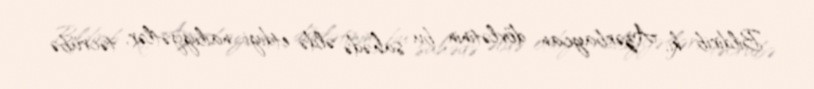
Bildirib ki, Azərbaycan dövlətinin bu sahədə əldə etdiyi nailiyyətlər, təcrübə